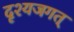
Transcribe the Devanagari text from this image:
दृश्यजगत्‌